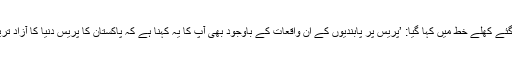
وزیراعظم عمران خان کے نام لکھے گئے کھلے خط میں کہا گیا: ’پریس پر پابندیوں کے ان واقعات کے باوجود بھی آپ کا یہ کہنا ہے کہ پاکستان کا پریس دنیا کا آزاد ترین پریس ہے، بے شرمی کی بات ہے۔